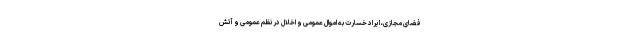
فضای مجازی، ایراد خسارت به اموال عمومی و اخلال در نظم عمومی و آتش